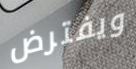
ويفترض